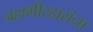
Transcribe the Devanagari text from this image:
जहागीरदारांना